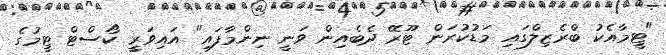
"ޓީމާއެކު ބްރެޒިލްގައި މަޑުކުރަން ޓޫރޭ ދެބެއިން ވަނީ ނިންމާފައި" އައިވަރީ ކޯސްޓް ޓީމުގެ